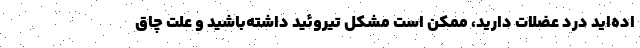
اده‌اید درد عضلات دارید، ممکن است مشکل تیروئید داشته‌باشید و علت چاق